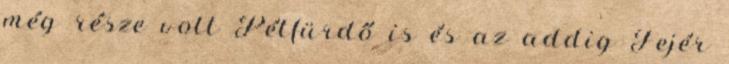
még része volt Pétfürdő is és az addig Fejér